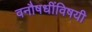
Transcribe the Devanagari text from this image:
वनौषधींविषयी